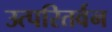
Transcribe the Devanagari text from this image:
उत्परितर्वन